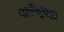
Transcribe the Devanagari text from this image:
राखेतूनही